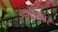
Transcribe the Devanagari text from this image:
इनडिप्पर